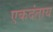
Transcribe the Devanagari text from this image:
एकदंताय